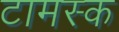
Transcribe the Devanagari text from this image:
टामस्क